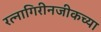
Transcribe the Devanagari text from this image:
रत्नागिरीनजीकच्या